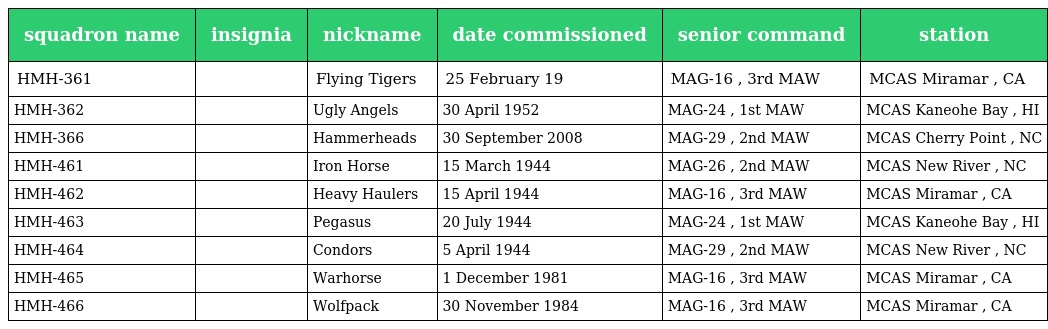
| squadron name | insignia | nickname | date commissioned | senior command | station |
 | --- | --- | --- | --- | --- | --- |
 | HMH-361 |  | Flying Tigers | 25 February 19 | MAG-16 , 3rd MAW | MCAS Miramar , CA |
 | HMH-362 |  | Ugly Angels | 30 April 1952 | MAG-24 , 1st MAW | MCAS Kaneohe Bay , HI |
 | HMH-366 |  | Hammerheads | 30 September 2008 | MAG-29 , 2nd MAW | MCAS Cherry Point , NC |
 | HMH-461 |  | Iron Horse | 15 March 1944 | MAG-26 , 2nd MAW | MCAS New River , NC |
 | HMH-462 |  | Heavy Haulers | 15 April 1944 | MAG-16 , 3rd MAW | MCAS Miramar , CA |
 | HMH-463 |  | Pegasus | 20 July 1944 | MAG-24 , 1st MAW | MCAS Kaneohe Bay , HI |
 | HMH-464 |  | Condors | 5 April 1944 | MAG-29 , 2nd MAW | MCAS New River , NC |
 | HMH-465 |  | Warhorse | 1 December 1981 | MAG-16 , 3rd MAW | MCAS Miramar , CA |
 | HMH-466 |  | Wolfpack | 30 November 1984 | MAG-16 , 3rd MAW | MCAS Miramar , CA |